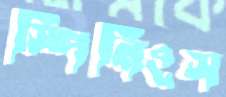
স্পিনিংস